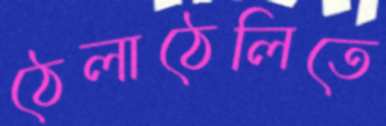
ঠেলাঠেলিতে